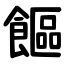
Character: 饇